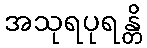
အသုရပုရန္တိ